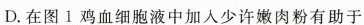
D.在图1鸡血细胞液中加入少许嫩肉粉有助于